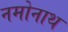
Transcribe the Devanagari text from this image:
नमोनाथ